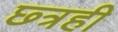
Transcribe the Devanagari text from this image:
छ्त्रही